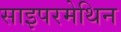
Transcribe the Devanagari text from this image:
साइपरमेथिन